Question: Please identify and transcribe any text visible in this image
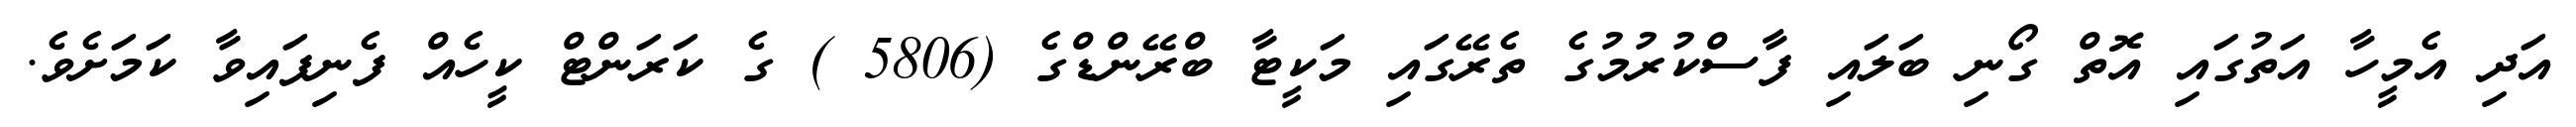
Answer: އަދި އެމީހާ އަތުގައި އޮތް ގޯނި ބަލައި ފާސްކުރުމުގެ ތެރޭގައި މަކީޓާ ބްރޭންޑްގެ (5806 ) ގެ ކަރަންޓް ކީހެއް ފެނިފައިވާ ކަމަށެވެ.